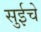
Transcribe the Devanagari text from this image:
सुईचे